Lunatic asylums Burma 1907-21 - 1907-1921
Year: 1907
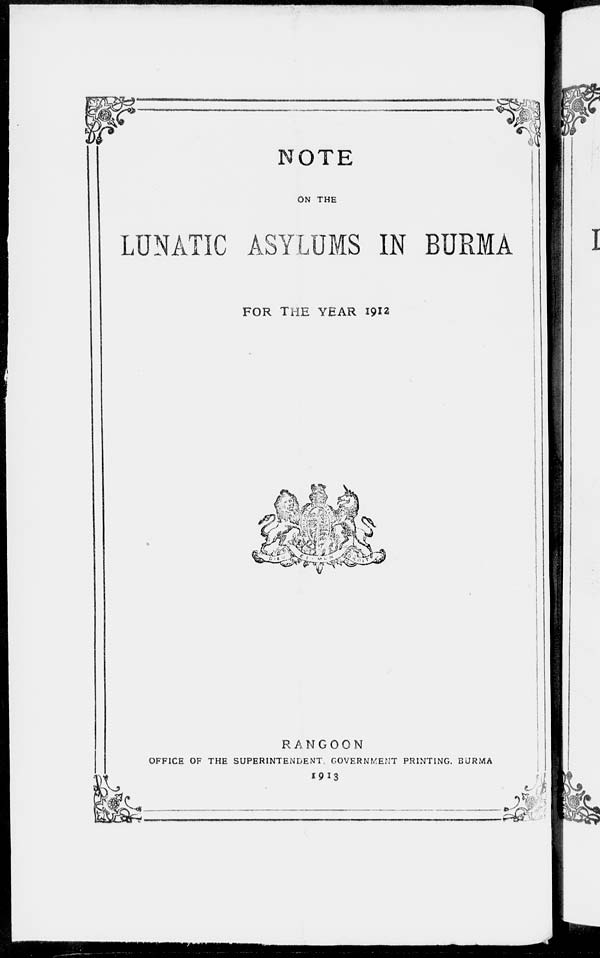
NOTE
ON THE
LUNATIC ASYLUMS IN BURMA
FOR THE YEAR 1912
RANGOON
OFFICE OF THE SUPERINTENDENT GOVERNMENT PRINTING, BURMA
1913